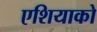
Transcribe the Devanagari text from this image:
एशियाको